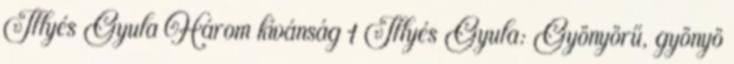
Illyés Gyula Három kívánság 1 Illyés Gyula: Gyönyörű, gyönyö